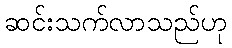
ဆင်းသက်လာသည်ဟု